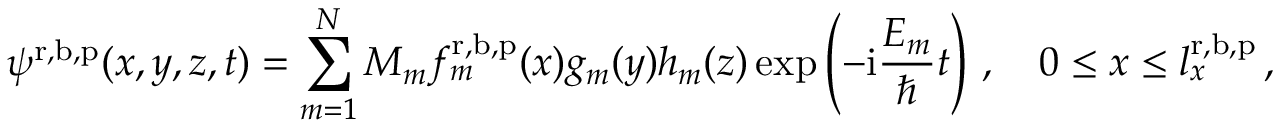
\psi ^ { \mathrm { r } , \mathrm { b } , \mathrm { p } } ( x , y , z , t ) = \sum _ { m = 1 } ^ { N } M _ { m } f _ { m } ^ { \mathrm { r } , \mathrm { b } , \mathrm { p } } ( x ) g _ { m } ( y ) h _ { m } ( z ) \exp \left( - \mathrm { i } \frac { E _ { m } } { \hbar } t \right) \, , \quad 0 \le x \le l _ { x } ^ { \mathrm { r } , \mathrm { b } , \mathrm { p } } \, ,